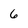
Character: 6